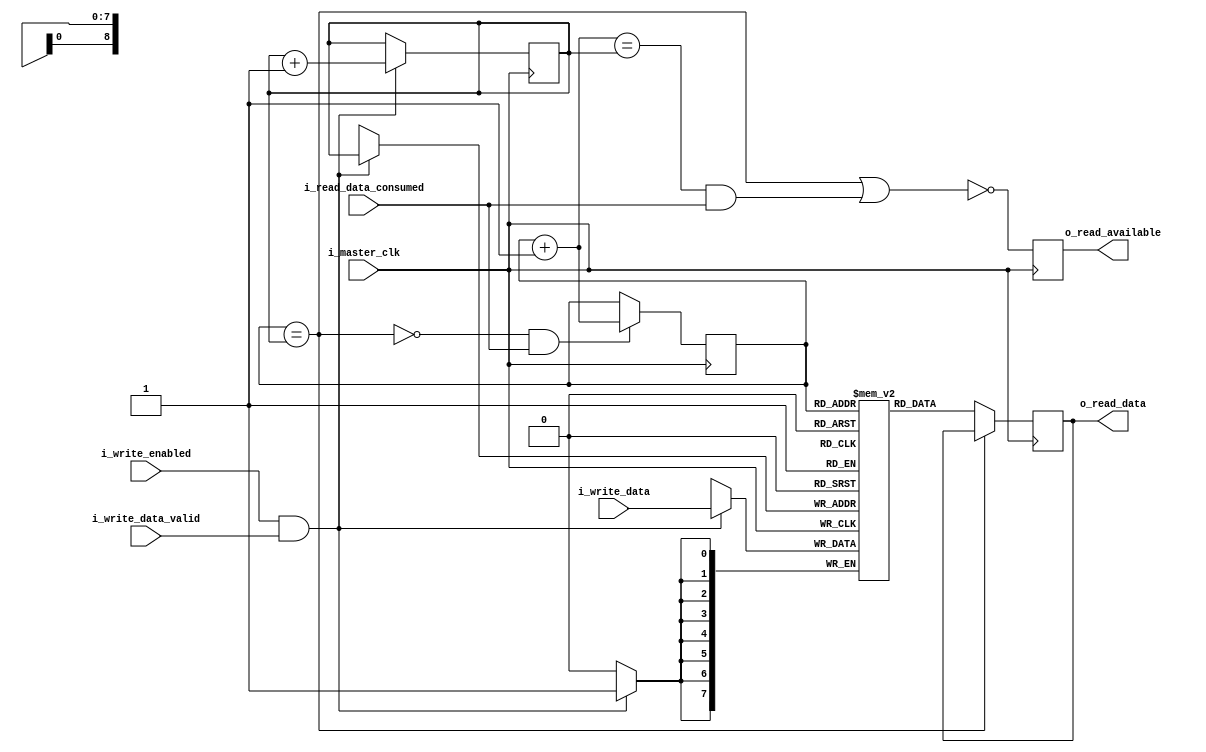


module FIFO (
        // clock
        i_master_clk,

        // write access
        i_write_enabled,
        i_write_data,
        i_write_data_valid,

        // read access
        o_read_available,
        o_read_data,
        i_read_data_consumed
    );

    // parameters
    parameter       SIZE    = 512;
    localparam      MSB     = $clog2(SIZE);
    parameter       WIDTH   = 8;

    input                   i_master_clk;

    input                   i_write_enabled;
    input[WIDTH-1:0]        i_write_data;
    input                   i_write_data_valid;

    output reg              o_read_available;
    output reg[WIDTH-1:0]   o_read_data;
    input                   i_read_data_consumed;


    // memory
    reg[WIDTH-1:0]  fifo[SIZE-1:0];

    // pointers
    reg[MSB-1:0]    r_read_pointer = 0;
    reg[MSB-1:0]    r_write_pointer = 0;

    // DATA AVAILABLE process
    wire[MSB-1:0]   w_next_read_pointer = r_read_pointer + 1;
    wire            w_write_request = i_write_enabled && i_write_data_valid;
    wire            w_empty = (r_read_pointer == r_write_pointer);
    wire            w_next_empty = w_empty || ((w_next_read_pointer == r_write_pointer) && i_read_data_consumed);

    always @(posedge i_master_clk) begin
        o_read_available <= !w_next_empty;
    end

    // READ DATA process
    always @(posedge i_master_clk) begin
        if(!w_empty)
            o_read_data <= fifo[r_read_pointer];
    end

    // READ POINTER UPDATE process
    always @(posedge i_master_clk) begin
        if(!w_empty && i_read_data_consumed)
            r_read_pointer <= r_read_pointer + 1;
    end

    // WRITE DATA process
    always @(posedge i_master_clk) begin
        if(i_write_enabled && i_write_data_valid) begin
            fifo[r_write_pointer] <= i_write_data;
            r_write_pointer <= r_write_pointer + 1;
        end
    end

endmodule